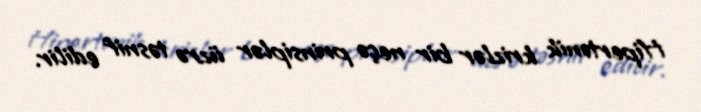
Hipertonik krizlər bir neçə prinsiplər üzrə təsnif edilir.